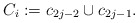
\begin{align*}C_i:=c_{2j-2} \cup c_{2j-1}.\end{align*}